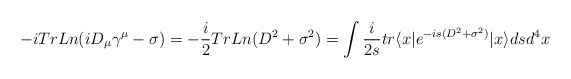
\begin{align*}-iTrLn (i D_{\mu}\gamma^{\mu} - \sigma) = -\frac{i}{2} Tr Ln (D^2 +\sigma^2) =\int \frac{i}{2s} tr \langle x|e^{-is(D^2+\sigma^2)}|x \rangle dsd^4x\end{align*}